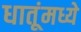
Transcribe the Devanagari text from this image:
धातूंमध्ये